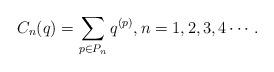
LaTeX: \begin{align*}C_n(q)=\sum_{p\in P_n}q^{(p)},n=1,2,3,4\cdots.\end{align*}